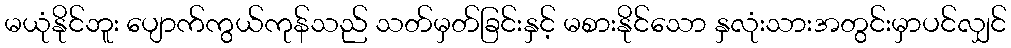
မယုံနိုင်ဘူး ပျောက်ကွယ်ကုန်သည် သတ်မှတ်ခြင်းနှင့် မစားနိုင်သော နှလုံးသားအတွင်းမှာပင်လျှင်